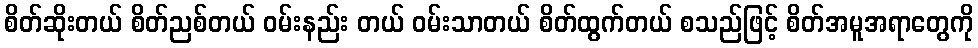
စိတ်ဆိုးတယ် စိတ်ညစ်တယ် ဝမ်းနည်း တယ် ဝမ်းသာတယ် စိတ်ထွက်တယ် စသည်ဖြင့် စိတ်အမူအရာတွေကို